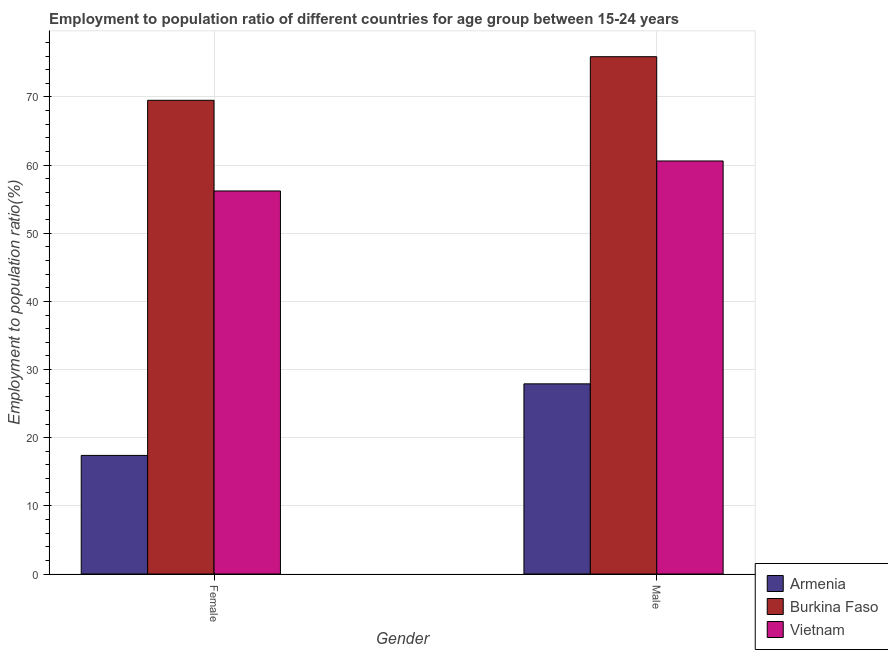
| Gender | Armenia | Burkina Faso | Vietnam |
 | --- | --- | --- | --- |
 | Female | 17.4 | 69.5 | 56.2 |
 | Male | 27.9 | 75.9 | 60.6 |